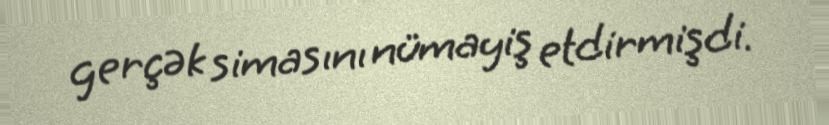
gerçək simasını nümayiş etdirmişdi.